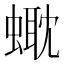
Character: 𧏰